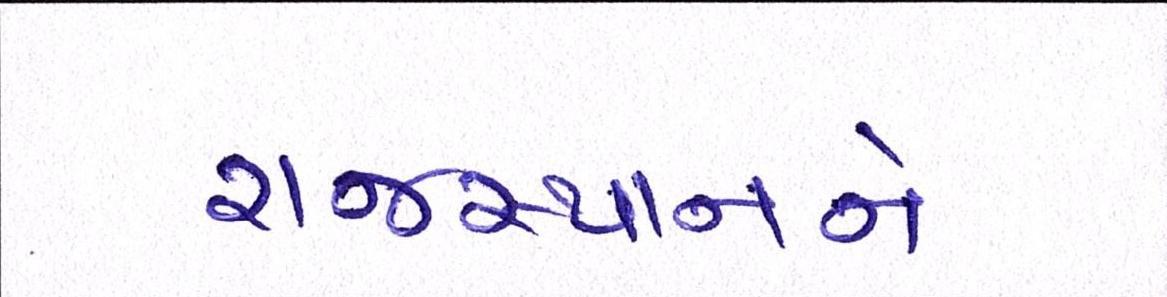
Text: રાજસ્થાનને